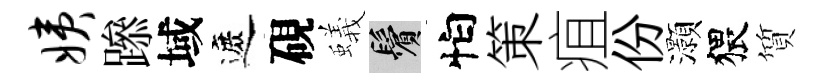
姨𨅶域遮硯蟻鬢怕策疽份灝猥質